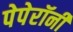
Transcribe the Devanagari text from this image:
पेपेरॉनी